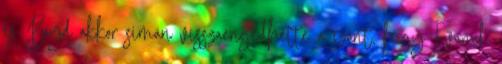
és Boyd akkor simán visszaengedhette a szánt, hogy Evanak